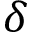
\delta